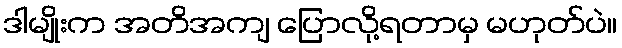
ဒါမျိုးက အတိအကျ ပြောလို့ရတာမှ မဟုတ်ပဲ။